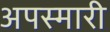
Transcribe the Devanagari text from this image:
अपस्मारी